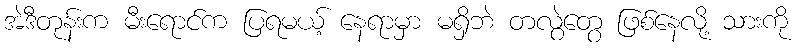
အဲဒီတုန်းက မီးရောင်က ပြရမယ့် နေရာမှာ မရှိဘဲ တလွဲတွေ ဖြစ်နေလို့ သားကို